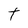
Character: t